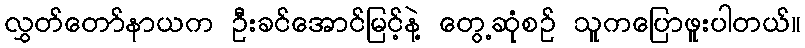
လွှတ်တော်နာယက ဦးခင်အောင်မြင့်နဲ့ တွေ့ဆုံစဉ် သူကပြောဖူးပါတယ်။